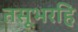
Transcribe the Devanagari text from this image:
तसूभरहि